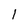
Character: 1